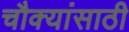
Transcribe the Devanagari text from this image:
चौक्यांसाठी